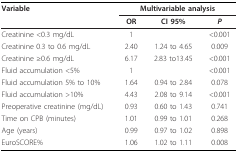
<table><thead><tr><td><b>Variable</b></td><td colspan="3"><b>Multivariable analysis</b></td></tr><tr><td></td><td><b>OR</b></td><td><b>CI 95%</b></td><td><b><i>P</i></b></td></tr></thead><tbody><tr><td>Creatinine &lt;0.3 mg/dL</td><td>1</td><td></td><td>&lt;0.001</td></tr><tr><td>Creatinine 0.3 to 0.6 mg/dL</td><td>2.40</td><td>1.24 to 4.65</td><td>0.009</td></tr><tr><td>Creatinine ≥0.6 mg/dL</td><td>6.17</td><td>2.83 to13.45</td><td>&lt;0.001</td></tr><tr><td>Fluid accumulation &lt;5%</td><td>1</td><td></td><td>&lt;0.001</td></tr><tr><td>Fluid accumulation 5% to 10%</td><td>1.64</td><td>0.94 to 2.84</td><td>0.078</td></tr><tr><td>Fluid accumulation &gt;10%</td><td>4.43</td><td>2.08 to 9.14</td><td>&lt;0.001</td></tr><tr><td>Preoperative creatinine (mg/dL)</td><td>0.93</td><td>0.60 to 1.43</td><td>0.741</td></tr><tr><td>Time on CPB (minutes)</td><td>1.01</td><td>0.99 to 1.01</td><td>0.268</td></tr><tr><td>Age (years)</td><td>0.99</td><td>0.97 to 1.02</td><td>0.898</td></tr><tr><td>EuroSCORE%</td><td>1.06</td><td>1.02 to 1.11</td><td>0.008</td></tr></tbody></table>